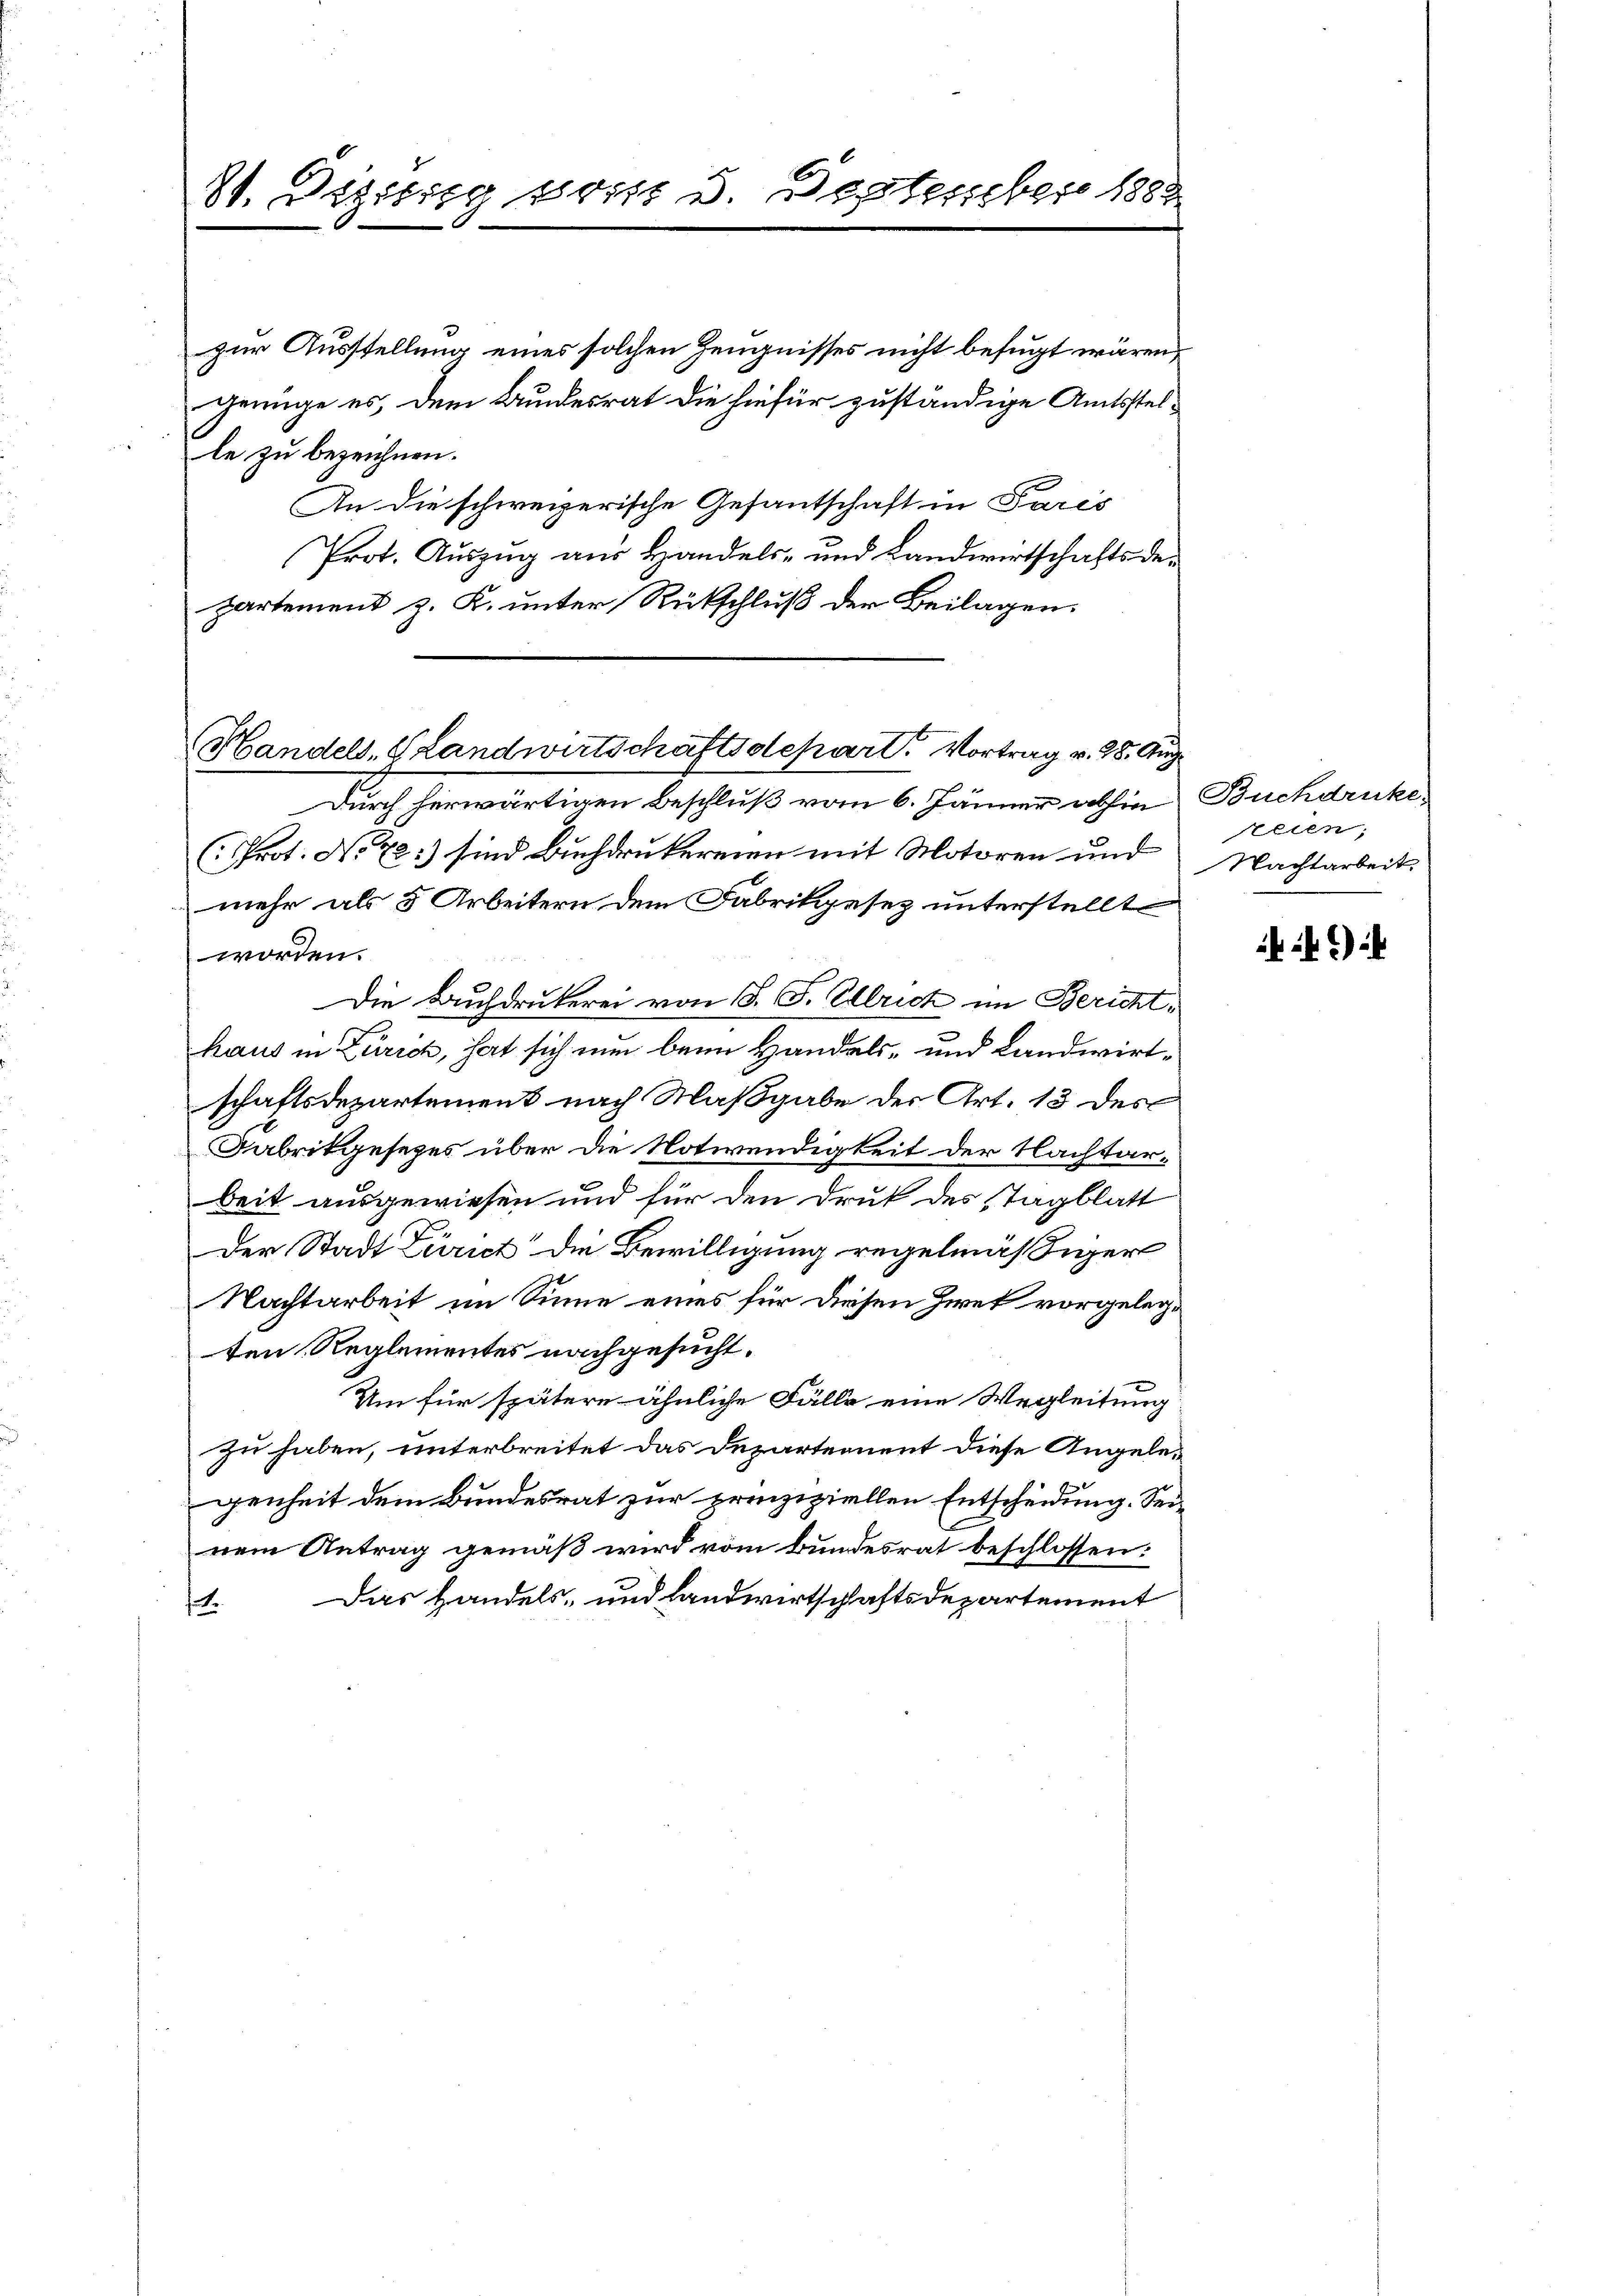
81. Dezisig von 3. September 1888

zur Ausstellung eines solchen Zeugnisses nicht befugt wären,
genüge es, dem Bundesrat die hiefür zuständige Amtsstelle zu bezeichnen.
An die schweizerische Gesantschaft in Paris
Prot. Auszug aus Handels- und Landwirtschaftsdepartement z. K. unter Rückschluß der Beilagen.

Handels, Landwirtschaftsdepart. Vortrag v. 28. 9
Durch herwärtigen Beschluß vom 6. Jänner abhin

(Prot. No 72:) sind Buchdrukereien mit Motoren und
mehr als 5 Arbeitern dem Fabrikgesez unterstellt
worden.
Die Buchdrukerei von S. F. Ulrich im Berichthaus in Zürich, hat sich nun beim Handels- und Landwirtschaftsdepartement nach Maßgabe der Art. 13 des
Fabrikgesezes über die Notwendigkeit der Nachtarbeit ausgewiesen und für den Druk des STagblatt
Der Stadt Zürich die Bewilligung regelmäßiger
Nachtarbeit im Sinne eines für diesen Zwek vorgelegten Reglementes nachgesucht.
Um für spätere ähnliche Fälle eine Wegleitung
zu haben, unterbreitet das Departement diese Angelegenheit dem Bundesrat zur prinzipiellen Entscheidung. Seinem Antrag gemäß wird vom Bundesrat beschlossen:
1. Das Handels- und Landwirtschaftsdepartement

2
Buchdruke
sellen;
Nachtarbeit

?) i